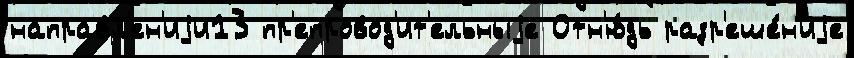
направл'ен'иjи13 пр'епровод'ит'ельныjе Отн'ю́дь разр'еше́н'иjе